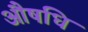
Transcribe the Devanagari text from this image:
औषधि